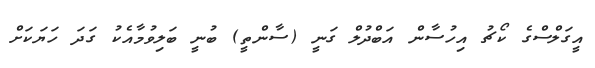
އީގަލްސްގެ ކޯޗު އިހުސާން އަބްދުލް ގަނީ (ސާންތީ) ބުނީ ބަލިވުމާއެކު ގަދަ ހަޔަކަށް